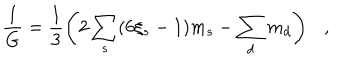
{ \frac { 1 } { G } } = \frac 1 3 \left( 2 \sum _ { s } ( 6 \xi _ { s } - 1 ) m _ { s } - \sum _ { d } m _ { d } \right) ,